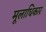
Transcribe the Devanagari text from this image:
मूलाधिकार